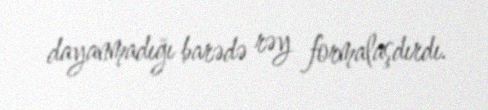
dayanmadığı barədə rəy formalaşdırdı.